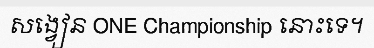
សង្វៀន ONE Championship នោះទេ។